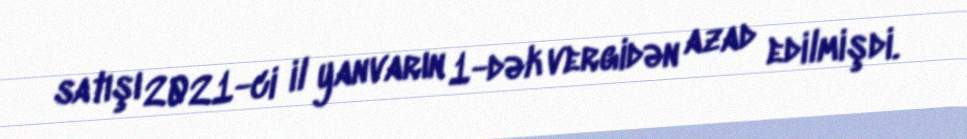
satışı 2021-ci il yanvarın 1-dək vergidən azad edilmişdi.